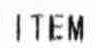
ITEM